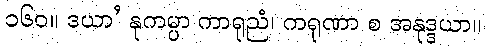
၁၆၀။ ဒယာ’ နုကမ္ပာ ကာရုညံ၊ ကရုဏာ စ အနုဒ္ဒယာ။